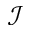
\mathcal { I }